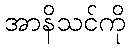
အာနိသင်ကို